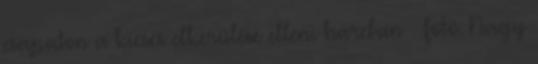
csapaton a kiesés elkerülése elleni harcban – fotó: Nagy